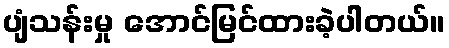
ပျံသန်းမှု အောင်မြင်ထားခဲ့ပါတယ်။